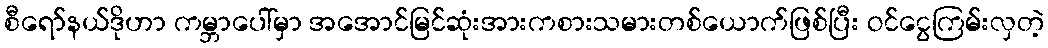
စီရော်နယ်ဒိုဟာ ကမ္ဘာပေါ်မှာ အအောင်မြင်ဆုံးအားကစားသမားတစ်ယောက်ဖြစ်ပြီး ဝင်ငွေကြမ်းလှတဲ့